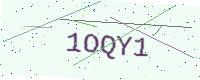
Text: 1OQY1